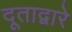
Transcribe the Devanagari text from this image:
दूताद्वारे